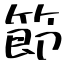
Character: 節